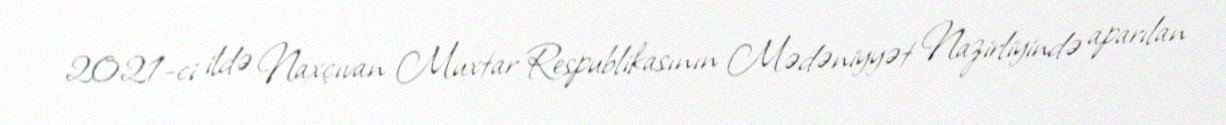
2021-ci ildə Naxçıvan Muxtar Respublikasının Mədəniyyət Nazirliyində aparılan